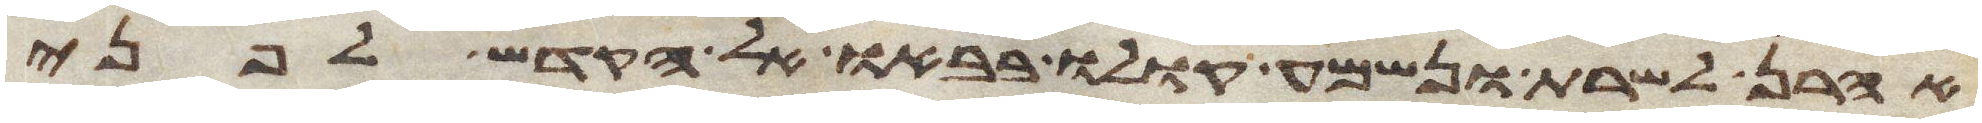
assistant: אהרן לשרת ונשמע קולו בבאו אל הקדש לפני